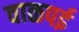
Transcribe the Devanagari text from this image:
वाळपई